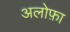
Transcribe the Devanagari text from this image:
अलोफ़ा